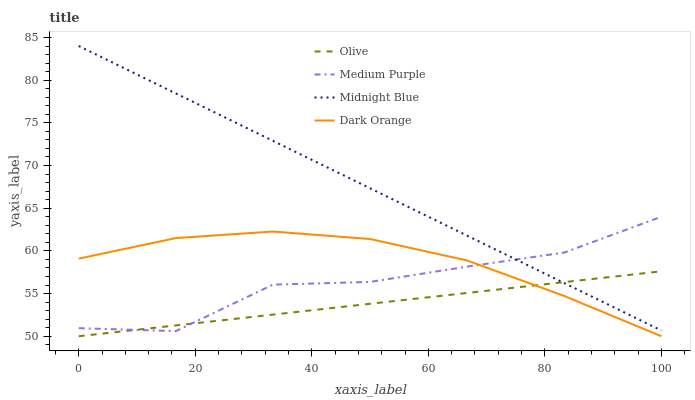
| xaxis_label | Olive | Medium Purple | Midnight Blue | Dark Orange |
 | --- | --- | --- | --- | --- |
 | 0 | 50 | 50.9 | 84 | 59.1 |
 | 16.7 | 51.3 | 50.6 | 78.4 | 61.5 |
 | 33.3 | 52.5 | 56 | 72.9 | 62.3 |
 | 50 | 53.8 | 56.4 | 67.3 | 61.4 |
 | 66.7 | 55.1 | 58.2 | 61.8 | 58.9 |
 | 83.3 | 56.3 | 59.8 | 56.2 | 54.7 |
 | 100 | 57.6 | 64 | 50.7 | 50 |